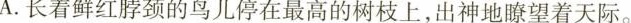
A.长着鲜红脖颈的鸟儿停在最高的树枝上，出神地瞭望着天际。